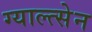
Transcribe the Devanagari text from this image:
ग्याल्त्सेन